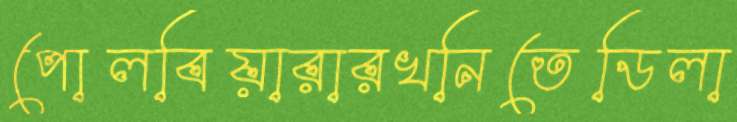
পোলবিয়ারারখনিতেডিলা